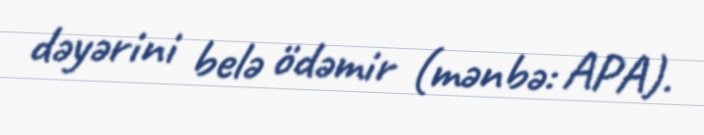
dəyərini belə ödəmir (mənbə: APA).